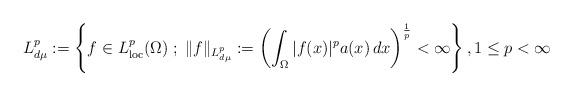
LaTeX: \begin{align*} L^p_{d\mu}:= \left\{ f\in L^p_{\rm loc}(\Omega) \;;\; \|f\|_{L^p_{d\mu}}:= \left(\int_{\Omega} |f(x)|^p a(x) \,dx\right)^{\frac{1}{p}}<\infty \right\}, 1\leq p<\infty\end{align*}